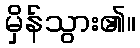
မှိန်သွား၏။